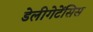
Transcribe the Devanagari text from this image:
डेलीगेटेंसिस